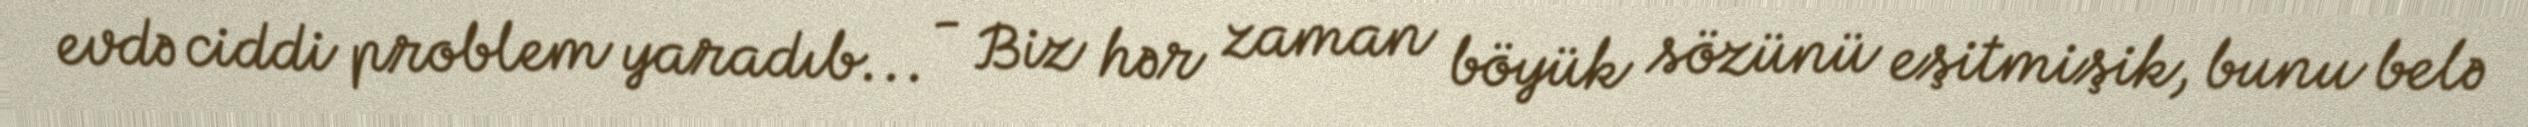
evdə ciddi problem yaradıb... - Biz hər zaman böyük sözünü eşitmişik, bunu belə